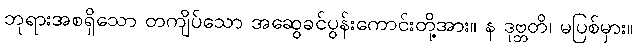
ဘုရားအစရှိသော တကျိပ်သော အဆွေခင်ပွန်းကောင်းတို့အား။ န ဒုဗ္ဘတိ၊ မပြစ်မှား။